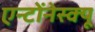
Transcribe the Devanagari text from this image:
एन्टोंनेस्क्यू